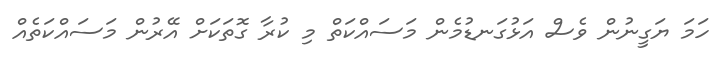
ހަމަ ޔަގީނުން ވެސް އަޅުގަނޑުމެން މަސައްކަތް މި ކުރާ ގޮތަކަށް އޭރުން މަސައްކަތެއް